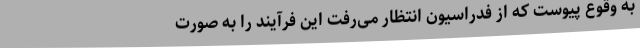
به وقوع پیوست که از فدراسیون انتظار می‌رفت این فرآیند را به صورت